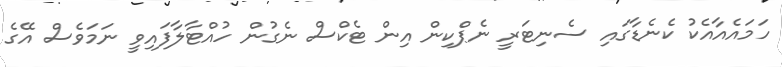
ހަމައެއާއެކު ކެނެޑާގައި ސެނިޓަރީ ނެޕްކިން އިން ޓެކްސް ނެގުން ހުއްޓާލާފައިވީ ނަމަވެސް އޭގެ